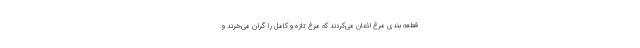
قطعه بندی مرغ اذعان می‌کردند که مرغ تازه و کامل را گران می‌خرند و